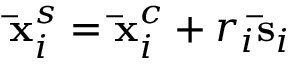
\mathbf { \bar { x } } _ { i } ^ { s } = \mathbf { \bar { x } } _ { i } ^ { c } + r _ { i } \mathbf { \bar { s } } _ { i }